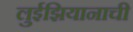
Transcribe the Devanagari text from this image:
लुईझियानाची